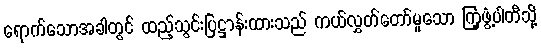
ရောက်သောအခါတွင် ထည့်သွင်းပြဋ္ဌာန်းထားသည် ကယ်လွှတ်တော်မူသော ကြံ့ဖွံ့ပါတီသို့